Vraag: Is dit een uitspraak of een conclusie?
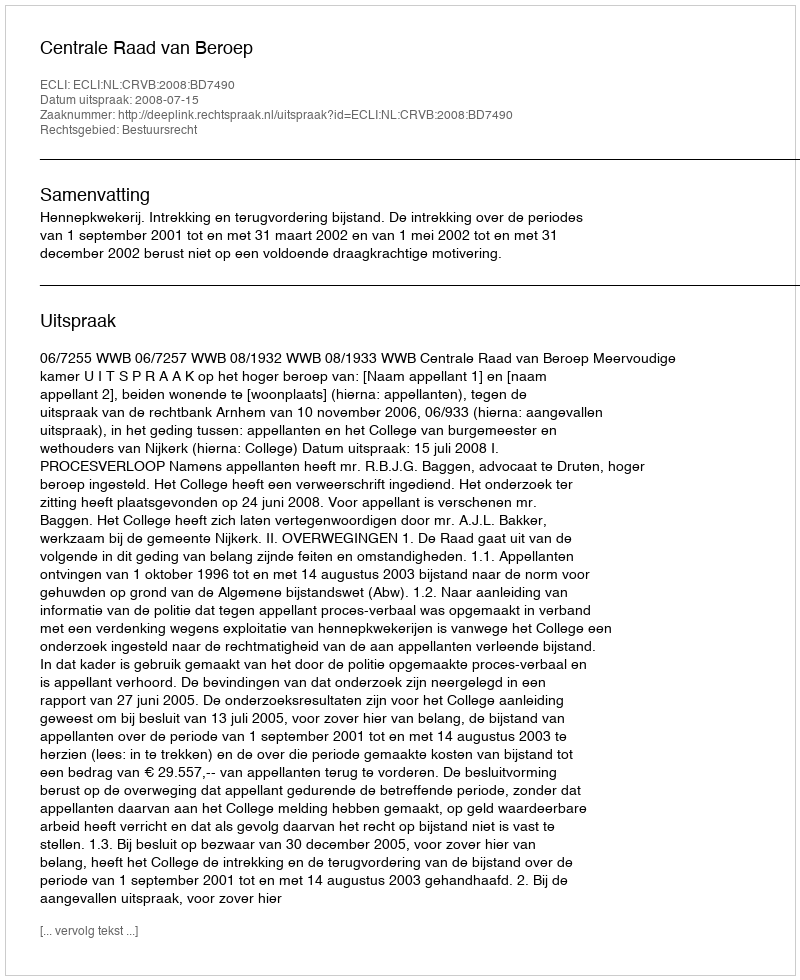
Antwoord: Uitspraak